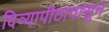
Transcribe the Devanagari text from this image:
दिव्यापीठापासून